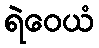
ရဲဝေယံ